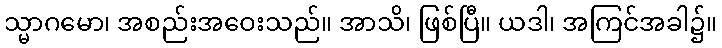
သ္မာဂမော၊ အစည်းအဝေးသည်။ အာသိ၊ ဖြစ်ပြီ။ ယဒါ၊ အကြင်အခါ၌။